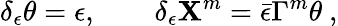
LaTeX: \delta_{\epsilon}\theta=\epsilon,\qquad\delta_{\epsilon}\mathbf{X}^{m}=\bar{{\epsilon}}\Gamma^{m}\theta\ ,